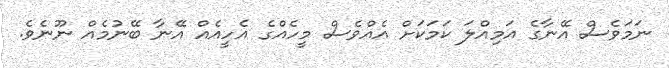
ނަމަވެސް އޭނާގެ އަމިއްލަ ކަމަކަށް އެއްވެސް މީހެއްގެ އެހީއެއް އޭނާ ބޭނުމެއް ނޫނެވެ.